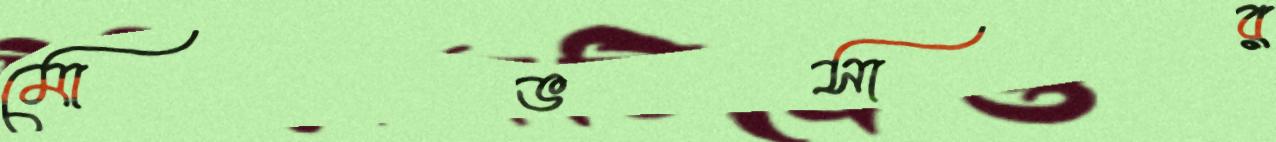
মোভসার